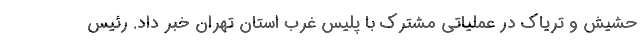
حشیش و تریاک در عملیاتی مشترک با پلیس غرب استان تهران خبر داد. رئیس